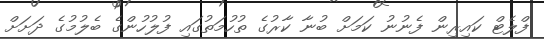
ފްލެޓް ކައިރިން ފެނުނު ކަމަށް ބުނާ ކާރުގެ ތުހުމަތުގައި ފުލުހުންގެ ބެލުމުގެ ދަށަށް